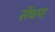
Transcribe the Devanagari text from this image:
सेंधपा